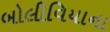
બોલીવિયાના